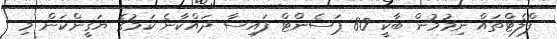
ފްލެޓްތައް ނިމުމުން ބާކީ 80 ޕަސެންޓް ފައިސާ ދައްކާނެ ކަމުގެ ޔަގީންކަން މި